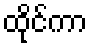
ထိုင်ကာ